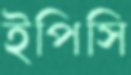
ইপিসি